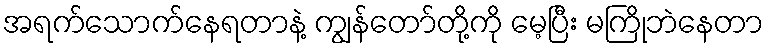
အရက်သောက်နေရတာနဲ့ ကျွန်တော်တို့ကို မေ့ပြီး မကြိုဘဲနေတာ